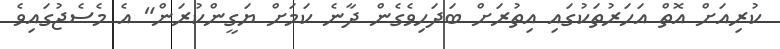
ކުރިއަށް އޮތް އަހަރުތަކުގައި އިތުރަށް ބަދަހިވެގެން ދާނެ ކަމަށް ޔަގީންކުރަން" އެ މެސެޖުގައިވެ